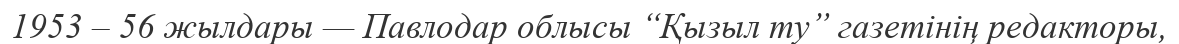
1953 – 56 жылдары — Павлодар облысы “Қызыл ту” газетінің редакторы,